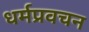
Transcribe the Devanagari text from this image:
धर्मप्रवचन